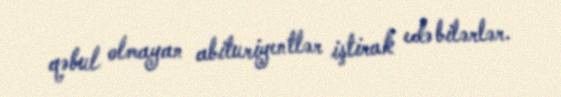
qəbul olmayan abituriyentlər iştirak edə bilərlər.